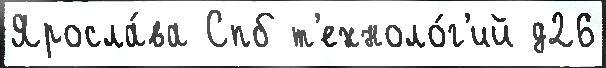
Яросла́ва Спб т'ехноло́г'ий д26